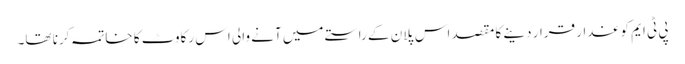
پی ٹی ایم کو غدار قرار دینے کا مقصد اس پلان کے راستے میں آنے والی اس رکاوٹ کا خاتمہ کرنا تھا۔